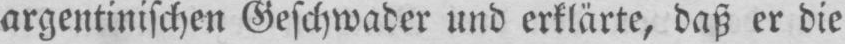
argentinischen Geschwader und erklärte, daß er die